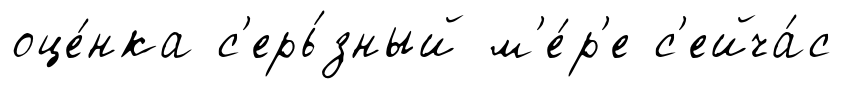
оце́нка с'ерь́зный м'е́р'е с'ейча́с